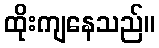
ထိုးကျနေသည်။